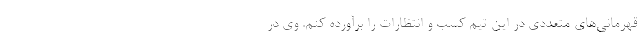
قهرمانی‌های متعددی در این تیم کسب و انتظارات را برآورده کنم. وی در